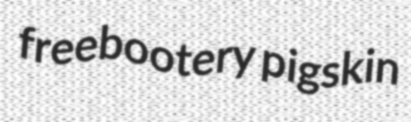
freebootery pigskin